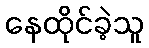
နေထိုင်ခဲ့သူ